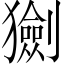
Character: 𤢾